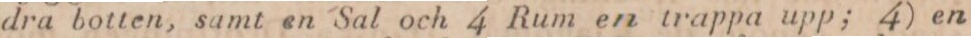
dra botten, samt en Sal och 4 Rum en trappa upp; 4) en